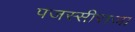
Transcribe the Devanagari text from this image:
पजस्सीराजा